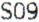
S09